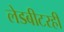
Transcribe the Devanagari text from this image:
लेडबीटरही